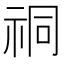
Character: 𫀈